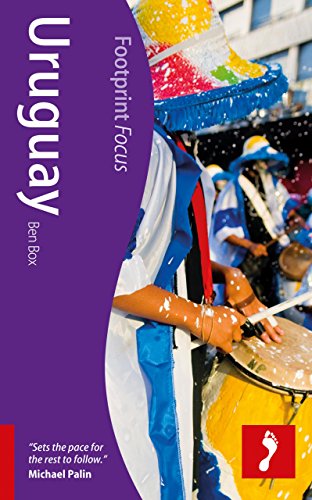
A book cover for Uruguay (Footprint Focus); Ben Box; Travel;